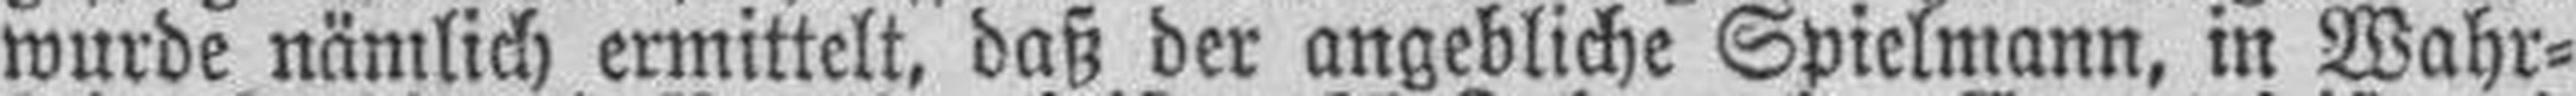
wurde nämlich ermittelt, daß der angebliche Spielmann, in Wahr¬